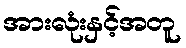
အားလုံးနှင့်အတူ